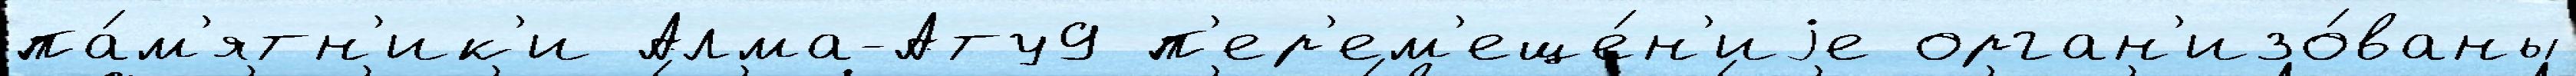
па́м'ятн'ик'и Алма-Ату9 п'ер'ем'еще́н'иjе орган'изо́ваны